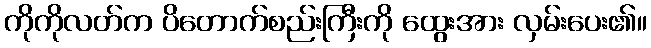
ကိုကိုလတ်က ပိတောက်စည်းကြီးကို ထွေးအား လှမ်းပေး၏။